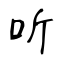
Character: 听